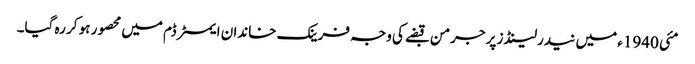
مئی 1940ء میں نیدرلینڈز پر جرمن قبضے کی وجہ فرینک خاندان ایمسٹرڈم میں محصور ہو کر رہ گیا۔